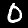
Digit: 0